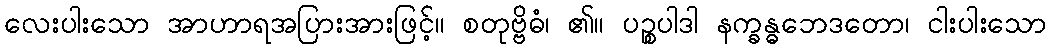
လေးပါးသော အာဟာရအပြားအားဖြင့်။ စတုဗ္ဗိဓံ၊ ၏။ ပဉ္စပါဒါ နက္ခန္ဓဘေဒတော၊ ငါးပါးသော